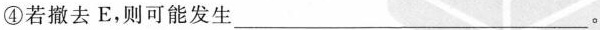
④若撤去E，则可能发生___。